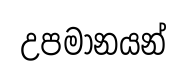
උපමානයන්